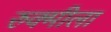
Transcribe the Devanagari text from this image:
रुक्मीला